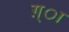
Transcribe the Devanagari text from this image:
ग़्ा